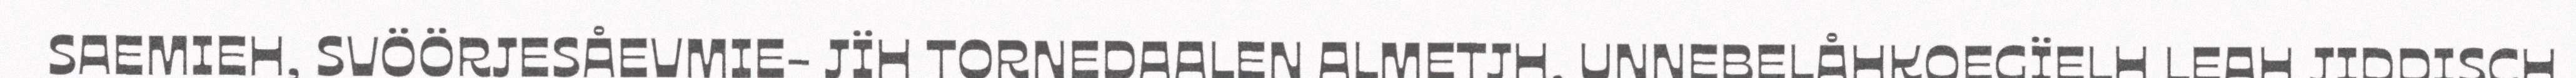
SAEMIEH, SVÖÖRJESÅEVMIE- JÏH TORNEDAALEN ALMETJH. UNNEBELÅHKOEGÏELH LEAH JIDDISCH,